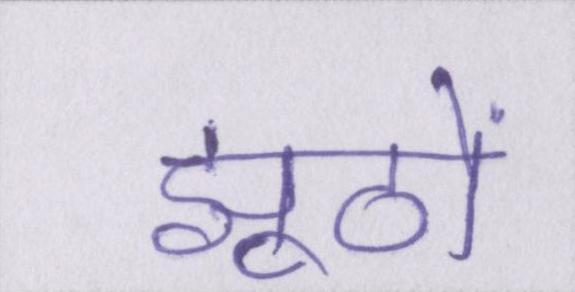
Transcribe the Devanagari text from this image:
झूठों